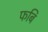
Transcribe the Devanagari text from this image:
फबि